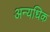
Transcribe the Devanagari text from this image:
अन्यधिक